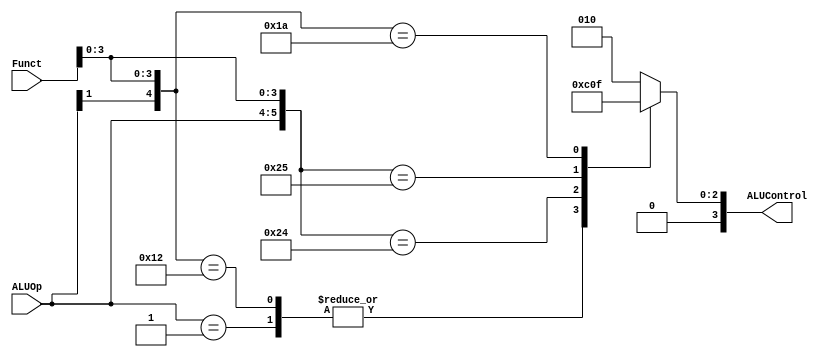
module ALUControlUnit(ALUControl, ALUOp, Funct);
  output reg [3:0] ALUControl;
  input [1:0] ALUOp;
  input [5:0] Funct;
  
  wire [7:0] ALUControlIn;
  assign ALUControlIn = {ALUOp, Funct};
  
  always @(ALUControlIn)
  begin
    casex (ALUControlIn)
     8'b00xxxxxx: ALUControl = 4'b0010;
     8'b01xxxxxx: ALUControl = 4'b0110;
     8'b10xx0000: ALUControl = 4'b0010;
     8'b1xxx0010: ALUControl = 4'b0110;
     8'b10xx0100: ALUControl = 4'b0000;
     8'b10xx0101: ALUControl = 4'b0001;
     8'b1xxx1010: ALUControl = 4'b0111;
     default: ALUControl = 4'b0010;
    endcase
  end
endmodule